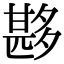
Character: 夦